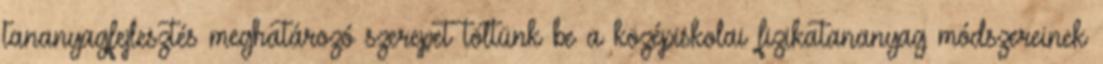
tananyagfejlesztés meghatározó szerepet töltünk be a középiskolai fizikatananyag módszereinek